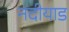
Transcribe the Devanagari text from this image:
नदीयाड